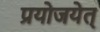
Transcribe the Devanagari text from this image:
प्रयोजयेत्